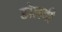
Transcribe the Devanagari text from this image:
डोलवी